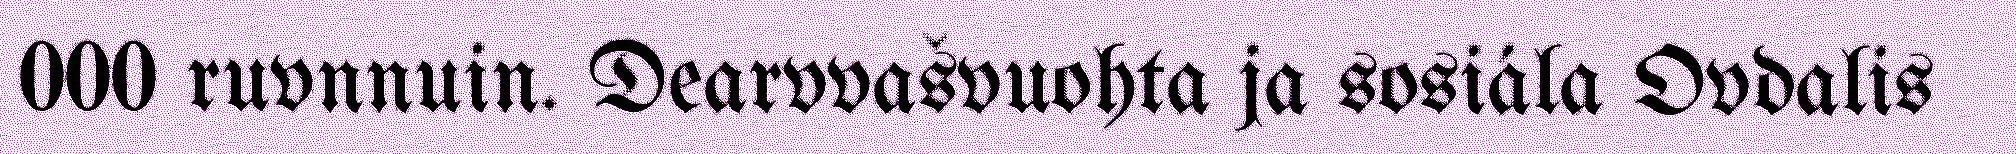
000 ruvnnuin. Dearvvašvuohta ja sosiála Ovdalis